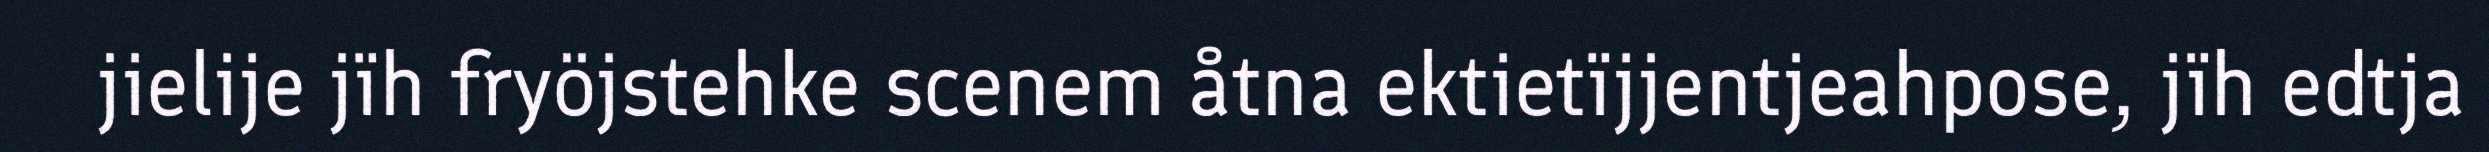
jielije jïh fryöjstehke scenem åtna ektietïjjentjeahpose, jïh edtja